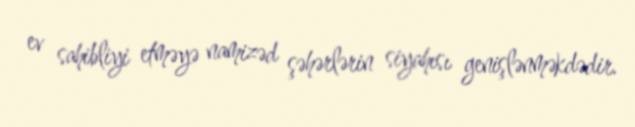
ev sahibliyi etməyə namizəd şəhərlərin siyahısı genişlənməkdədir.